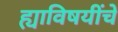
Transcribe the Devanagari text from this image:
ह्याविषयींचे